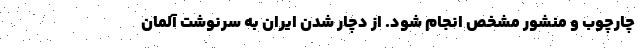
چارچوب و منشور مشخص انجام شود. از دچار شدن ایران به سرنوشت آلمان